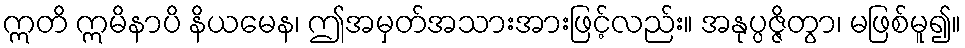
ဣတိ ဣမိနာပိ နိယမေန၊ ဤအမှတ်အသားအားဖြင့်လည်း။ အနုပ္ပဇ္ဇိတွာ၊ မဖြစ်မူ၍။